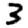
Digit: 3